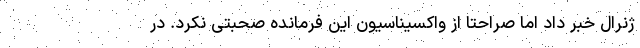
ژنرال خبر داد اما صراحتا از واکسیناسیون این فرمانده صحبتی نکرد. در